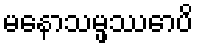
မနောသမ္ဖဿောပိ